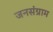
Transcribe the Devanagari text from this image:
जनसंग्राम